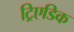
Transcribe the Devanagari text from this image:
ट्रिएडिक